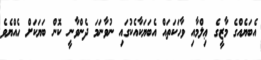
އެބަޔެއްގެ މާޒީގެ ޢިލްމާއި ވާހަކަތައް އެބަޔަކާއެކުގައި ނުވާނަމަ ދެންވާނީ ކޮން ބަޔަކަށް ހެއްޔެވެ